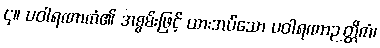
၄။ ပဝါရဏာကံ၏ အစွမ်းဖြင့် ထားအပ်သော ပဝါရဏာဉတ္တိကံ၊